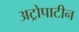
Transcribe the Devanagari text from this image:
अट्रोपाटीन